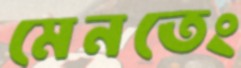
মেনতেং